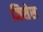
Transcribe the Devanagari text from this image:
जिसेस